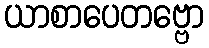
ယာစာပေတဗ္ဗော